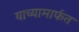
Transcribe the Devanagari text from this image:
याच्यामार्फत